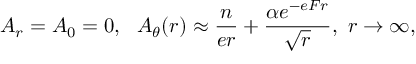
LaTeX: A _ { r } = A _ { 0 } = 0 , ~ ~ A _ { \theta } ( r ) \approx { \frac { n } { e r } } + { \frac { \alpha e ^ { - e F r } } { \sqrt r } } , ~ r \to \infty ,